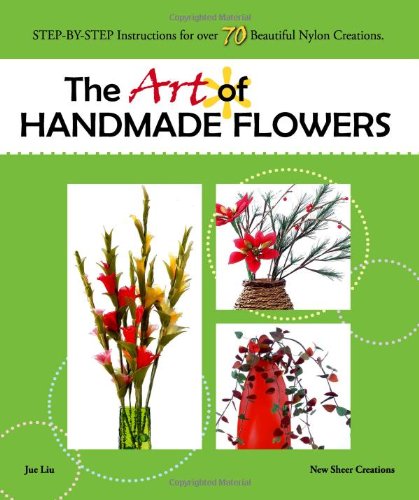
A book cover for The Art of Handmade Flowers: Step-By-Step Instructions for Over 70 Beautiful Nylon Creations; Jue Liu; Crafts, Hobbies & Home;